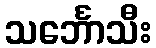
သင်္ဘောသီး